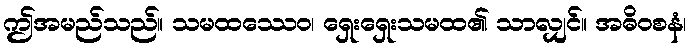
ဤအမည်သည်။ သမထဿေဝ၊ ရှေးရှေးသမထ၏ သာလျှင်။ အဓိဝစနံ၊